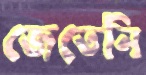
জেতেনি